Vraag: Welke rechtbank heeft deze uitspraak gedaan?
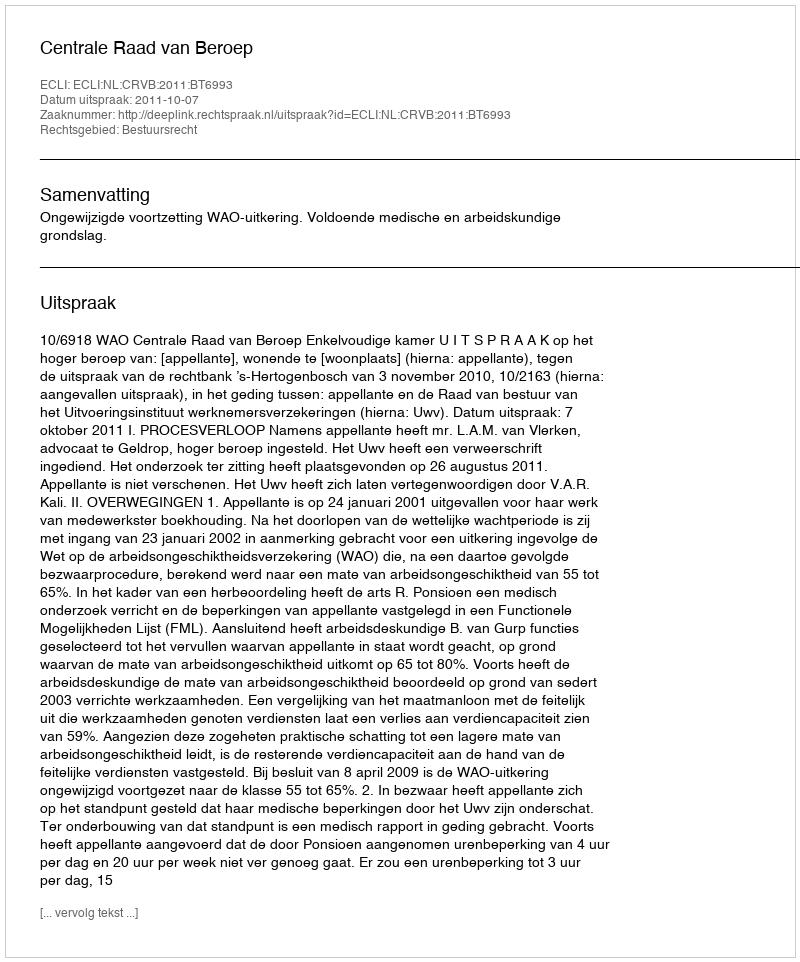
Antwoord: Centrale Raad van Beroep